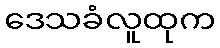
ဒေသခံလူထုက